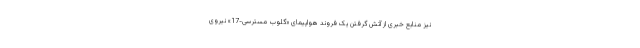
نیز منابع خبری از آتش گرفتن یک فروند هواپیمای «گلوب مسترسی-17» نیروی